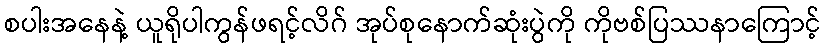
စပါးအနေနဲ့ ယူရိုပါကွန်ဖရင့်လိဂ် အုပ်စုနောက်ဆုံးပွဲကို ကိုဗစ်ပြဿနာကြောင့်